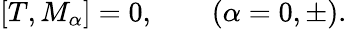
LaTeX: [T,M_{\alpha}]=0,\qquad(\alpha=0,\pm).